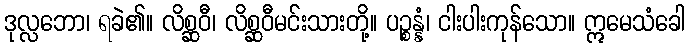
ဒုလ္လဘော၊ ရခဲ၏။ လိစ္ဆဝီ၊ လိစ္ဆဝီမင်းသားတို့။ ပဉ္စန္နံ၊ ငါးပါးကုန်သော။ ဣမေသံခေါ